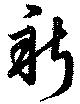
新